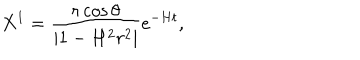
X ^ { 1 } = \frac { r \cos \theta } { \mid 1 - H ^ { 2 } r ^ { 2 } \mid } e ^ { - H t } ,